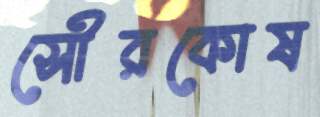
সৌরকোষ